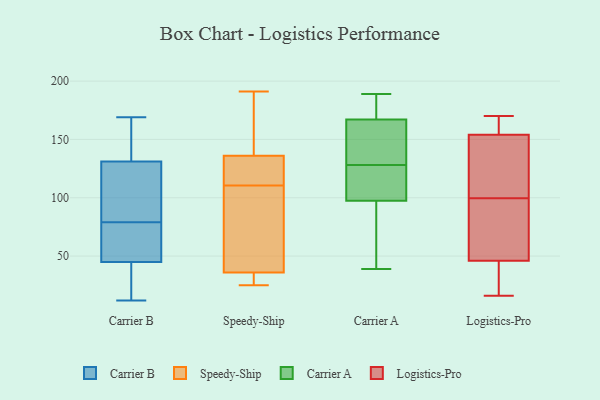
{"axis": {"x": "Shipments", "y": "Value"}, "legend": ["Carrier A", "Carrier B", "Logistics-Pro", "Speedy-Ship"], "data": [{"x": "", "y": 45, "type": "Carrier B"}, {"x": "", "y": 87, "type": "Carrier B"}, {"x": "", "y": 63, "type": "Carrier B"}, {"x": "", "y": 12, "type": "Carrier B"}, {"x": "", "y": 71, "type": "Carrier B"}, {"x": "", "y": 169, "type": "Carrier B"}, {"x": "", "y": 136, "type": "Carrier B"}, {"x": "", "y": 93, "type": "Carrier B"}, {"x": "", "y": 24, "type": "Carrier B"}, {"x": "", "y": 131, "type": "Carrier B"}, {"x": "", "y": 29, "type": "Speedy-Ship"}, {"x": "", "y": 127, "type": "Speedy-Ship"}, {"x": "", "y": 36, "type": "Speedy-Ship"}, {"x": "", "y": 60, "type": "Speedy-Ship"}, {"x": "", "y": 136, "type": "Speedy-Ship"}, {"x": "", "y": 25, "type": "Speedy-Ship"}, {"x": "", "y": 102, "type": "Speedy-Ship"}, {"x": "", "y": 145, "type": "Speedy-Ship"}, {"x": "", "y": 191, "type": "Speedy-Ship"}, {"x": "", "y": 119, "type": "Speedy-Ship"}, {"x": "", "y": 150, "type": "Carrier A"}, {"x": "", "y": 57, "type": "Carrier A"}, {"x": "", "y": 128, "type": "Carrier A"}, {"x": "", "y": 164, "type": "Carrier A"}, {"x": "", "y": 182, "type": "Carrier A"}, {"x": "", "y": 105, "type": "Carrier A"}, {"x": "", "y": 105, "type": "Carrier A"}, {"x": "", "y": 99, "type": "Carrier A"}, {"x": "", "y": 39, "type": "Carrier A"}, {"x": "", "y": 136, "type": "Carrier A"}, {"x": "", "y": 97, "type": "Carrier A"}, {"x": "", "y": 189, "type": "Carrier A"}, {"x": "", "y": 74, "type": "Carrier A"}, {"x": "", "y": 171, "type": "Carrier A"}, {"x": "", "y": 168, "type": "Carrier A"}, {"x": "", "y": 170, "type": "Logistics-Pro"}, {"x": "", "y": 40, "type": "Logistics-Pro"}, {"x": "", "y": 16, "type": "Logistics-Pro"}, {"x": "", "y": 166, "type": "Logistics-Pro"}, {"x": "", "y": 51, "type": "Logistics-Pro"}, {"x": "", "y": 46, "type": "Logistics-Pro"}, {"x": "", "y": 154, "type": "Logistics-Pro"}, {"x": "", "y": 142, "type": "Logistics-Pro"}, {"x": "", "y": 161, "type": "Logistics-Pro"}, {"x": "", "y": 90, "type": "Logistics-Pro"}, {"x": "", "y": 37, "type": "Logistics-Pro"}, {"x": "", "y": 109, "type": "Logistics-Pro"}, {"x": "", "y": 79, "type": "Logistics-Pro"}, {"x": "", "y": 129, "type": "Logistics-Pro"}]}